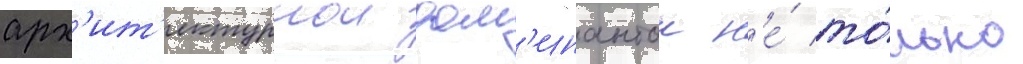
арх'ит'ектурнои дом'инантои н'е́ то́лько